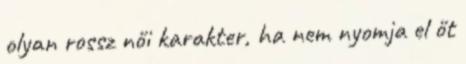
olyan rossz női karakter, ha nem nyomja el őt